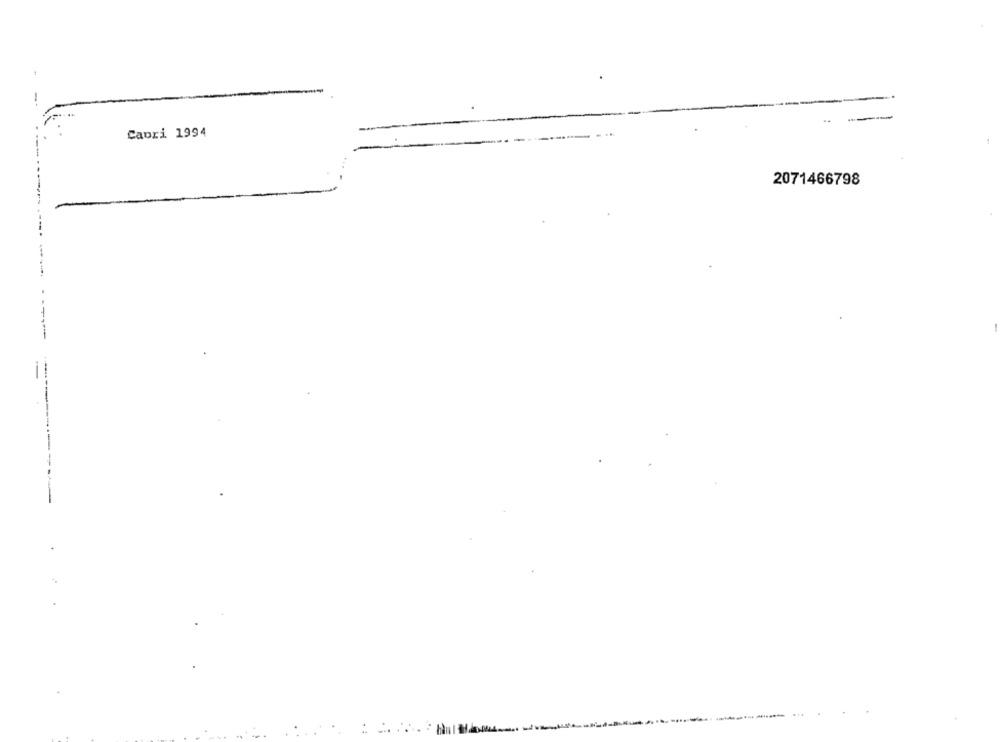
Capri 1994
2071466798
..... ........ ...